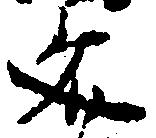
文